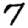
Digit: 7